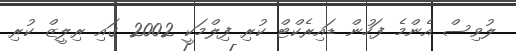
ލުވިސް އެންމެ ފަހުން ޑައިރެކްޓް ކުރި ފިލްމަކީ 2002 ގައި ރިލީޒް ކުރި